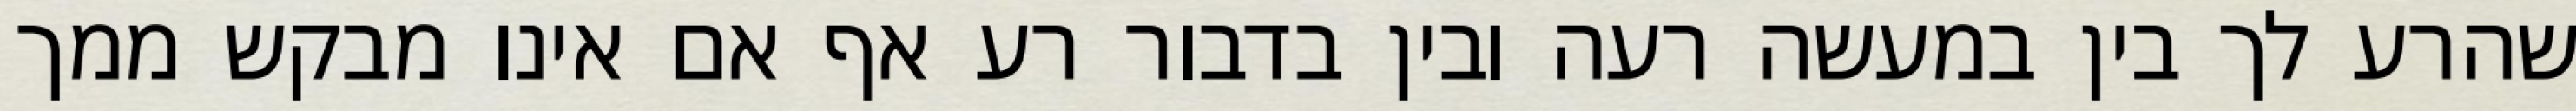
שהרע לך בין במעשה רעה ובין בדבור רע אף אם אינו מבקש ממך